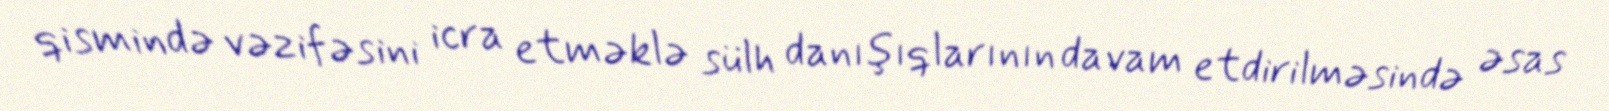
qismində vəzifəsini icra etməklə sülh danışıqlarının davam etdirilməsində əsas